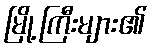
မြို့ကြီးများ၏